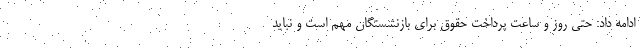
ادامه داد: حتی روز و ساعت پرداخت حقوق برای بازنشستگان مهم است و نباید